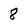
Character: 8